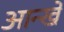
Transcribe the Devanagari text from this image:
आन्खे